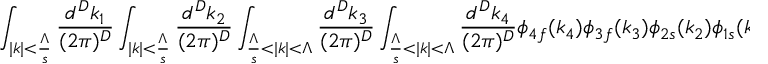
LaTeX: \int _ { | k | < \frac { \Lambda } { s } } \frac { d ^ { D } k _ { 1 } } { ( 2 \pi ) ^ { D } } \int _ { | k | < \frac { \Lambda } { s } } \frac { d ^ { D } k _ { 2 } } { ( 2 \pi ) ^ { D } } \int _ { \frac { \Lambda } { s } < | k | < \Lambda } \frac { d ^ { D } k _ { 3 } } { ( 2 \pi ) ^ { D } } \int _ { \frac { \Lambda } { s } < | k | < \Lambda } \frac { d ^ { D } k _ { 4 } } { ( 2 \pi ) ^ { D } } \phi _ { 4 f } ( k _ { 4 } ) \phi _ { 3 f } ( k _ { 3 } ) \phi _ { 2 s } ( k _ { 2 } ) \phi _ { 1 s } ( k _ { 1 } ) .